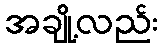
အချို့လည်း